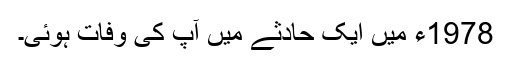
1978ء میں ایک حادثے میں آپ کی وفات ہوئی۔